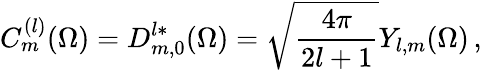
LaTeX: C_{m}^{(l)}(\Omega)=D_{m,0}^{l*}(\Omega)=\sqrt{\frac{4\pi}{2l+1}}Y_{l,m}(\Omega)\, ,